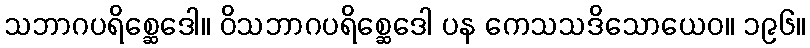
သဘာဂပရိစ္ဆေဒေါ။ ဝိသဘာဂပရိစ္ဆေဒေါ ပန ကေသသဒိသောယေဝ။ ၁၉၆။